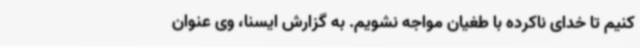
کنیم تا خدای ناکرده با طغیان مواجه نشویم. به گزارش ایسنا، وی عنوان